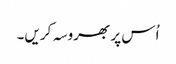
اُس پر بھروسہ کریں۔